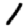
Digit: 1